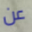
عن